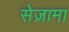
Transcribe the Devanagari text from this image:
सेज़ामा